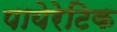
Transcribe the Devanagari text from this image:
पायेरेटिक